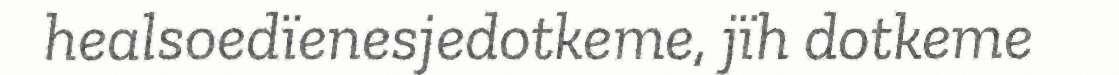
healsoedïenesjedotkeme, jïh dotkeme